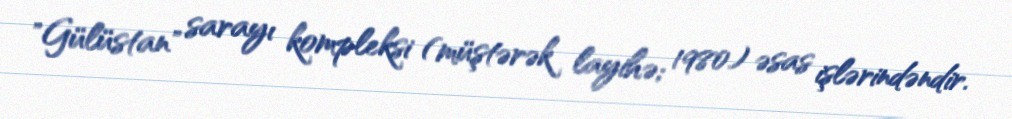
"Gülüstan" sarayı kompleksi (müştərək layihə; 1980) əsas işlərindəndir.